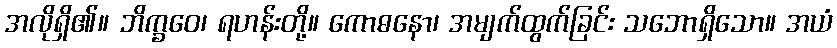
အလိုရှိ၏။ ဘိက္ခဝေ၊ ရဟန်းတို့။ ကောဓနော၊ အမျက်ထွက်ခြင်း သဘောရှိသော။ အယံ